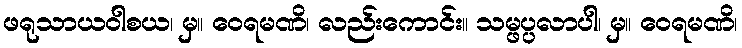
ဖရုသာယဝါစယ၊ မှ။ ဝေရမဏိ၊ လည်းကောင်း။ သမ္ဖပ္ပလာပါ၊ မှ။ ဝေရမဏိ၊